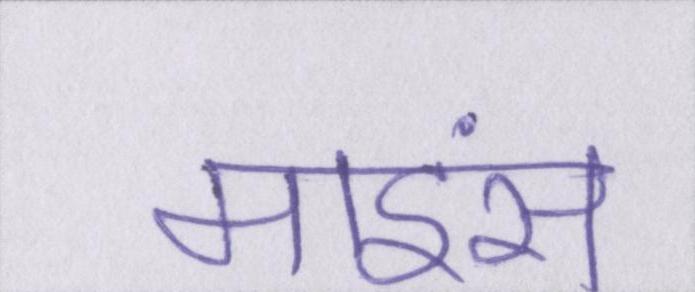
माइंस